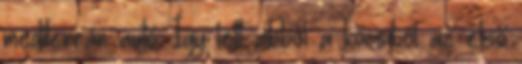
mediterrán autó. Így lett abból a kocsiból az első